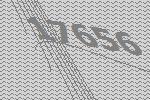
17656